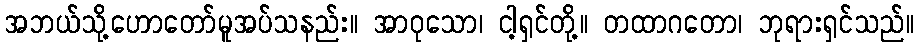
အဘယ်သို့ဟောတော်မူအပ်သနည်း။ အာဝုသော၊ ငါ့ရှင်တို့။ တထာဂတော၊ ဘုရားရှင်သည်။